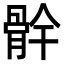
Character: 䯎